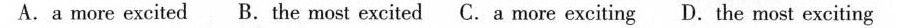
A. a more excited B. The most excited C. A more exciting D. The most exciting